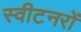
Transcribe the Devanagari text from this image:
स्वीटनरों